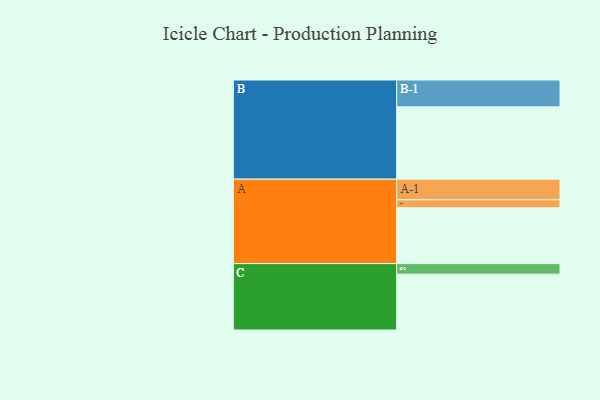
{"axis": {"x": "Segment", "y": "Value"}, "legend": ["", "A", "B", "C"], "data": [{"x": "A", "y": 414, "type": ""}, {"x": "B", "y": 536, "type": ""}, {"x": "C", "y": 414, "type": ""}, {"x": "A-1", "y": 153, "type": "A"}, {"x": "A-2", "y": 59, "type": "A"}, {"x": "B-1", "y": 199, "type": "B"}, {"x": "C-1", "y": 78, "type": "C"}]}